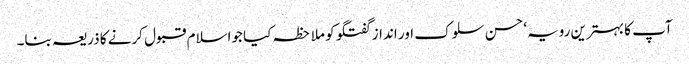
آپ کا بہترین رویہ‘ حسن سلوک اور انداز گفتگو کو ملاحظہ کیا جواسلام قبول کرنے کا ذریعہ بنا۔